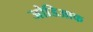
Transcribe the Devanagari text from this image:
जोडिआक